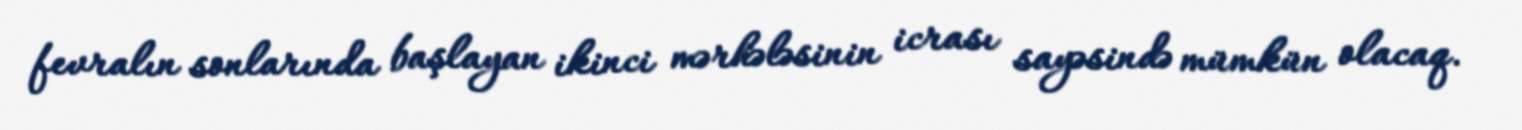
fevralın sonlarında başlayan ikinci mərhələsinin icrası sayəsində mümkün olacaq.